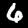
Digit: 6